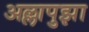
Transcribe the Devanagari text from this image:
अल्लापुझा